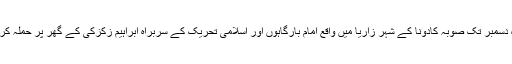
نائیجیریا کی فوج نے گزشتہ سال بارہ سے چودہ دسمبر تک صوبہ کادونا کے شہر زاریا میں واقع امام بارگاہوں اور اسلامی تحریک کے سربراہ ابراہیم زکزکی کے گھر پر حملہ کرکے ایک ہزار سے زائد افراد کو شہید کردیا تھا۔